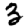
Digit: 3